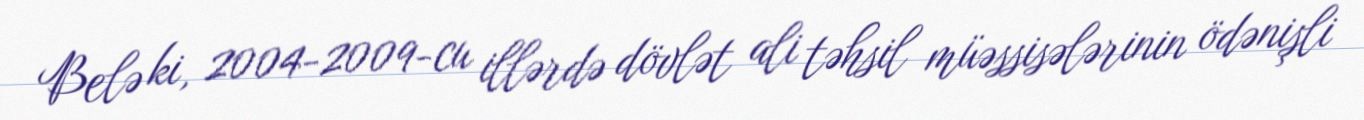
Belə ki, 2004-2009-cu illərdə dövlət ali təhsil müəssisələrinin ödənişli